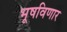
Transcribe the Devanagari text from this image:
भूषविणार